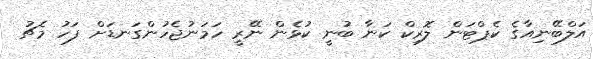
އަލްބޭނިއާގެ ކެޕްޓަން ލޮރިކް ކަނާ ބުނީ ކުޅެން ނޭރީ ހަމަނުޖެހުންގަނޑަށް ފަހު މެޗު